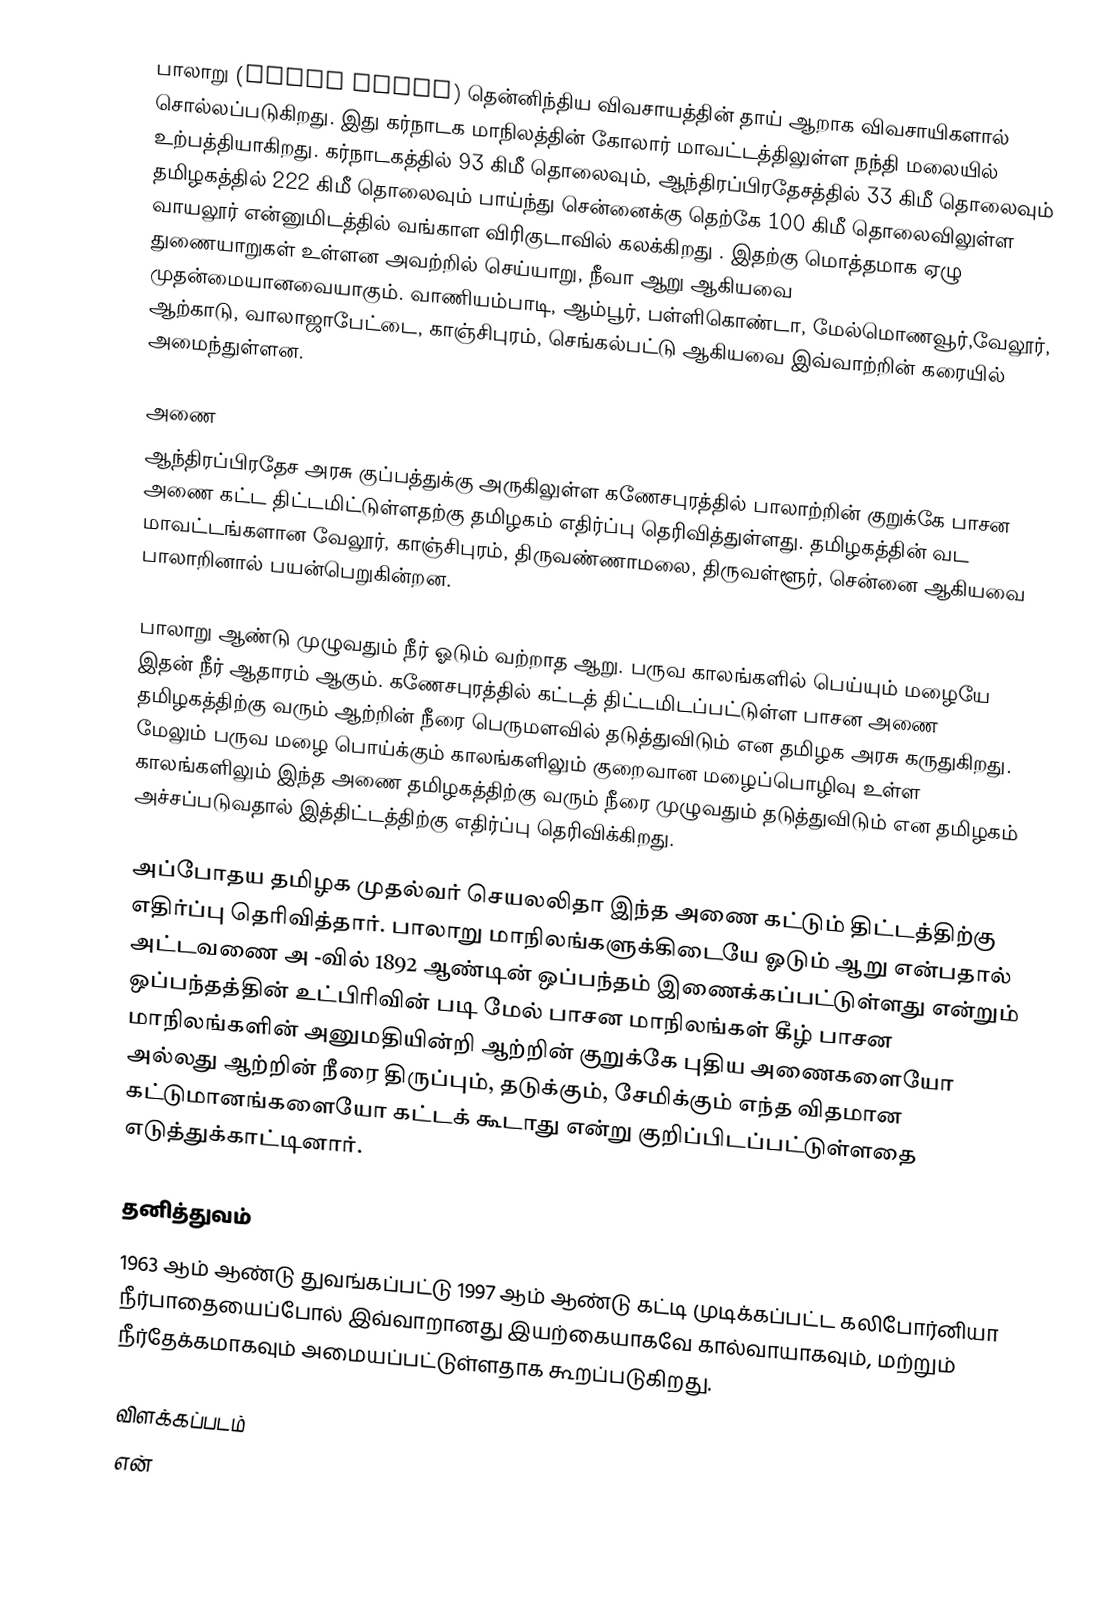
பாலாறு (Palar River) தென்னிந்திய விவசாயத்தின் தாய் ஆறாக விவசாயிகளால் சொல்லப்படுகிறது. இது கர்நாடக மாநிலத்தின் கோலார் மாவட்டத்திலுள்ள நந்தி மலையில் உற்பத்தியாகிறது. கர்நாடகத்தில் 93 கிமீ தொலைவும், ஆந்திரப்பிரதேசத்தில் 33 கிமீ தொலைவும் தமிழகத்தில் 222 கிமீ தொலைவும் பாய்ந்து சென்னைக்கு தெற்கே 100 கிமீ தொலைவிலுள்ள வாயலூர் என்னுமிடத்தில் வங்காள விரிகுடாவில் கலக்கிறது . இதற்கு மொத்தமாக ஏழு துணையாறுகள் உள்ளன அவற்றில் செய்யாறு, நீவா ஆறு ஆகியவை முதன்மையானவையாகும். வாணியம்பாடி, ஆம்பூர், பள்ளிகொண்டா, மேல்மொணவூர்,வேலூர், ஆற்காடு, வாலாஜாபேட்டை, காஞ்சிபுரம், செங்கல்பட்டு ஆகியவை இவ்வாற்றின் கரையில் அமைந்துள்ளன.

அணை
ஆந்திரப்பிரதேச அரசு குப்பத்துக்கு அருகிலுள்ள கணேசபுரத்தில் பாலாற்றின் குறுக்கே பாசன அணை கட்ட திட்டமிட்டுள்ளதற்கு தமிழகம் எதிர்ப்பு தெரிவித்துள்ளது. தமிழகத்தின் வட மாவட்டங்களான வேலூர், காஞ்சிபுரம், திருவண்ணாமலை, திருவள்ளூர், சென்னை ஆகியவை பாலாறினால் பயன்பெறுகின்றன.

பாலாறு ஆண்டு முழுவதும் நீர் ஓடும் வற்றாத ஆறு. பருவ காலங்களில் பெய்யும் மழையே இதன் நீர் ஆதாரம் ஆகும். கணேசபுரத்தில் கட்டத் திட்டமிடப்பட்டுள்ள பாசன அணை தமிழகத்திற்கு வரும் ஆற்றின் நீரை பெருமளவில் தடுத்துவிடும் என தமிழக அரசு கருதுகிறது. மேலும் பருவ மழை பொய்க்கும் காலங்களிலும் குறைவான மழைப்பொழிவு உள்ள காலங்களிலும் இந்த அணை தமிழகத்திற்கு வரும் நீரை முழுவதும் தடுத்துவிடும் என தமிழகம் அச்சப்படுவதால் இத்திட்டத்திற்கு எதிர்ப்பு தெரிவிக்கிறது.

அப்போதய தமிழக முதல்வர் செயலலிதா இந்த அணை கட்டும் திட்டத்திற்கு எதிர்ப்பு தெரிவித்தார். பாலாறு மாநிலங்களுக்கிடையே ஓடும் ஆறு என்பதால் அட்டவணை அ -வில் 1892 ஆண்டின் ஒப்பந்தம் இணைக்கப்பட்டுள்ளது என்றும் ஒப்பந்தத்தின் உட்பிரிவின் படி மேல் பாசன மாநிலங்கள் கீழ் பாசன மாநிலங்களின் அனுமதியின்றி ஆற்றின் குறுக்கே புதிய அணைகளையோ அல்லது ஆற்றின் நீரை திருப்பும், தடுக்கும், சேமிக்கும் எந்த விதமான கட்டுமானங்களையோ கட்டக் கூடாது என்று குறிப்பிடப்பட்டுள்ளதை எடுத்துக்காட்டினார்.

தனித்துவம்
1963 ஆம் ஆண்டு துவங்கப்பட்டு 1997 ஆம் ஆண்டு கட்டி முடிக்கப்பட்ட கலிபோர்னியா நீர்பாதையைப்போல் இவ்வாறானது இயற்கையாகவே கால்வாயாகவும், மற்றும்  நீர்தேக்கமாகவும் அமையப்பட்டுள்ளதாக கூறப்படுகிறது.

விளக்கப்படம்
என்